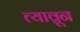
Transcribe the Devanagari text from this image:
त्याव्रून